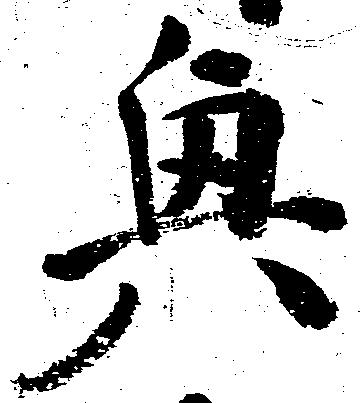
興